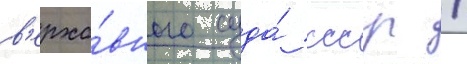
в'ерхо́вного суда́ ссср /